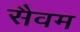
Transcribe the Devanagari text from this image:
सैवम